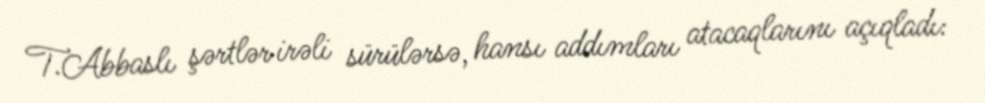
T.Abbaslı şərtlər irəli sürülərsə, hansı addımları atacaqlarını açıqladı: